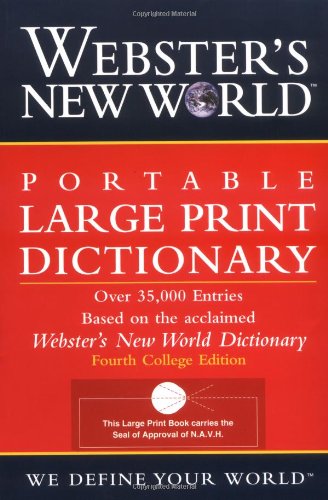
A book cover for Webster's New World Portable Large Print Dictionary, Second Edition; The Editors of the Webster's New World Dictionaries; Reference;